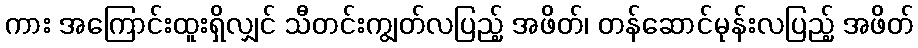
ကား အကြောင်းထူးရှိလျှင် သီတင်းကျွတ်လပြည့် အဖိတ်၊ တန်ဆောင်မုန်းလပြည့် အဖိတ်